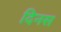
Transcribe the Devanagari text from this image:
दिनस